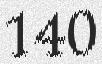
140